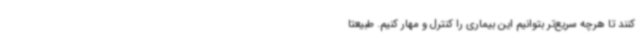
کنند تا هرچه سریع‌تر بتوانیم این بیماری را کنترل و مهار کنیم. طبیعتاً